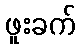
ဖူးခက်